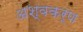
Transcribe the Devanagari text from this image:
अश्वकर्ण